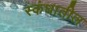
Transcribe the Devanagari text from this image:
स्कंधातील